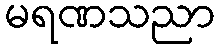
မရဏသညာ